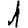
Digit: 1